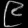
Digit: ၉